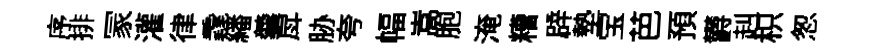
序排冡灌律毳繙羹戽胁夸幅嵩胞淹糟辟墊宝芭預欝赳枳怱